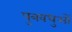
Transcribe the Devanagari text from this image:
पुत्रवधुओं